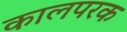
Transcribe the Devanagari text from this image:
कालपरक